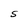
Character: S